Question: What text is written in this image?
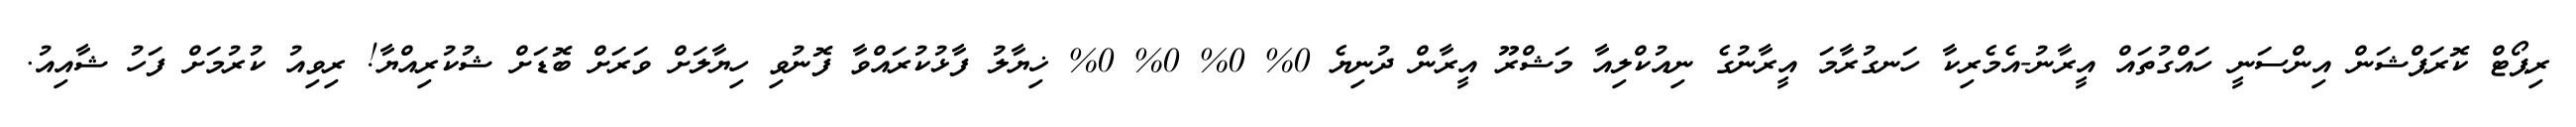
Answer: ރިޕޯޓް ކޮރަޕްޝަން އިންސަނީ ހައްގުތައް އީރާނު-އެމެރިކާ ހަނގުރާމަ އީރާނުގެ ނިއުކްލިއާ މަޝްރޫ އީރާން ދުނިޔެ 0% 0% 0% 0% ޚިޔާލު ފާޅުކުރައްވާ ފޮނުވި ހިޔާލަށް ވަރަށް ބޮޑަށް ޝުކުރިއްޔާ! ރިވިއު ކުރުމަށް ފަހު ޝާއިއު.